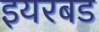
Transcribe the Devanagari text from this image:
इयरबड